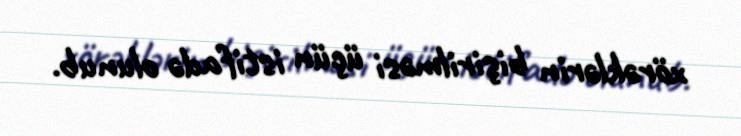
xörəklərin bişirilməsi üçün istifadə olunub.